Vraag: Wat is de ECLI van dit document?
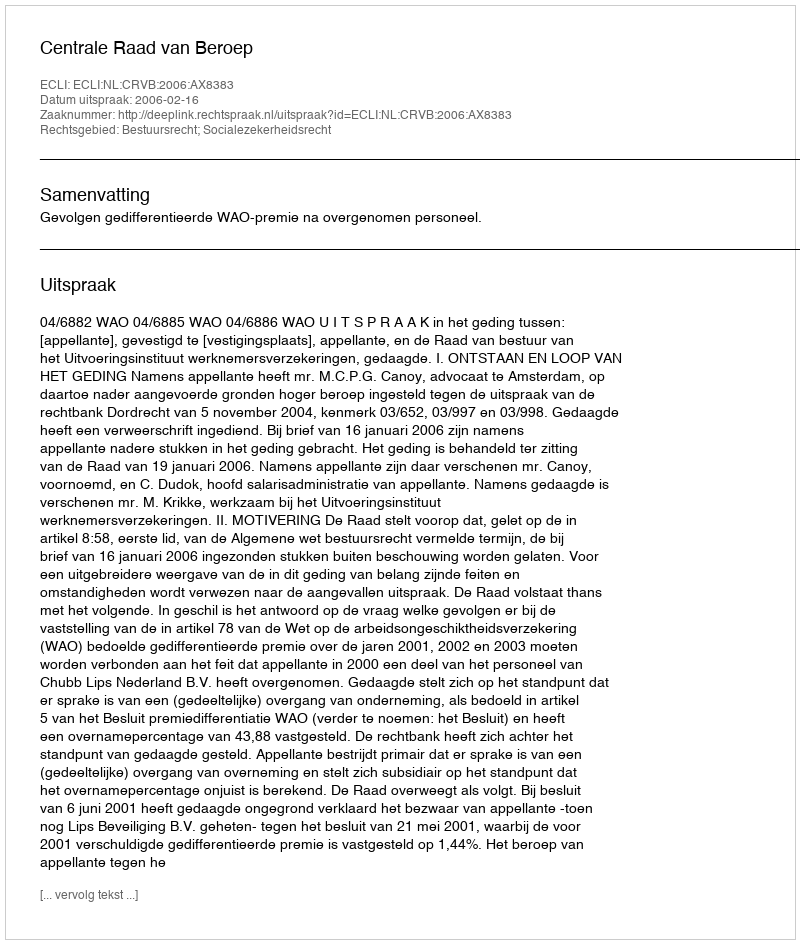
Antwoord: ECLI:NL:CRVB:2006:AX8383